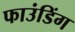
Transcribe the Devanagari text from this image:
फाउंडिंग